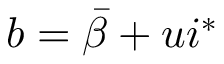
b = \bar { \beta } + u i ^ { * }